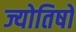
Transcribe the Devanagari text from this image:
ज्योतिषों